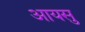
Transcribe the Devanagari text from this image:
आयसु